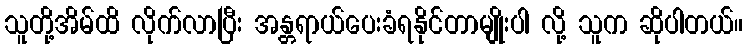
သူတို့အိမ်ထိ လိုက်လာပြီး အန္တရာယ်ပေးခံရနိုင်တာမျိုးပါ လို့ သူက ဆိုပါတယ်။